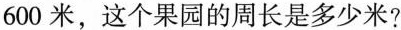
600米，这个果园的周长是多少米?